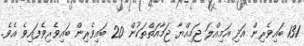
131 ބައިވެރިން އަދި އަމިއްލަ ޖަމިއްޔާ ޖަމާއަތްތަކުން 20 ބައިވެރިން ބައިވެރިވެފައިވެ އެވެ.